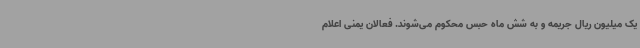
یک میلیون ریال جریمه و به شش ماه حبس محکوم می‌شوند. فعالان یمنی اعلام